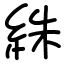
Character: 絑